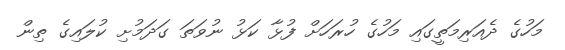
މަހުގެ ދެއަރިމަތީގައި މަހުގެ ހުރަހަށް ފުޅާ ކަޅު ނުވަތަ ގަދަމުށި ކުލައިގެ ތިން